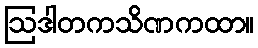
ဩဒါတကသိဏကထာ။